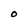
Character: O